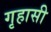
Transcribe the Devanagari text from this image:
गृहासी